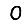
Digit: 0